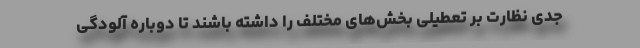
جدی نظارت بر تعطیلی بخش‌های مختلف را داشته باشند تا دوباره آلودگی